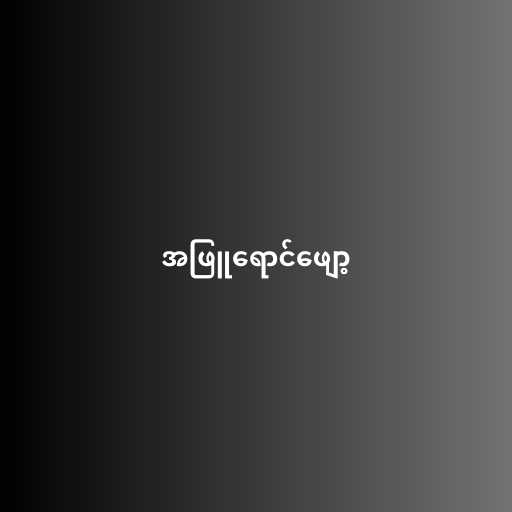
အဖြူရောင်ဖျော့